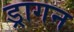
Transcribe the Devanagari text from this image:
ड्रागन